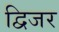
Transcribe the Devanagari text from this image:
द्विजर